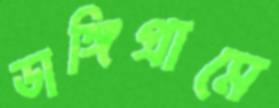
ডাঙ্গিগ্রামে